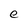
Character: e